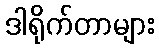
ဒါရိုက်တာများ